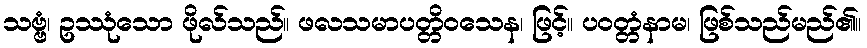
သဗ္ဗံ၊ ဥဿုံသော ဖိုလ်သည်။ ဖလသမာပတ္တိဝသေန၊ ဖြင့်။ ပဝတ္တံနာမ၊ ဖြစ်သည်မည်၏။